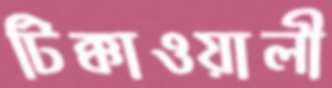
টিক্কাওয়ালী